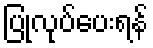
ပြုလုပ်ပေးရန်